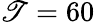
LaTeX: \mathscr{T}=60